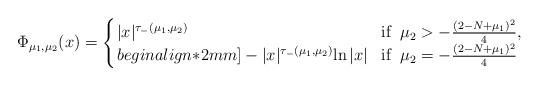
LaTeX: \begin{align*}\Phi_{\mu_1,\mu_2}(x)=\left\{ \arraycolsep=1pt\begin{array}{lll}|x|^{\tau_{-}(\mu_1,\mu_2)}\ \ \ \ &{\rm if}\ \, \mu_2>- \frac{(2-N+\mu_{1})^2}{4},\\begin{align*}2mm]-|x|^{\tau_-(\mu_1,\mu_2)}{\ln|x|}\ \ &{\rm if}\ \, \mu_2=- \frac{(2-N+\mu_{1})^2}{4}\end{array}\right.\end{align*}